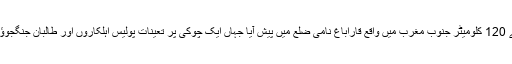
حکام کے مطابق پہلا واقعہ بدھ کو علی الصباح دارالحکومت کابل سے 120 کلومیٹر جنوب مغرب میں واقع قاراباغ نامی ضلع میں پیش آیا جہاں ایک چوکی پر تعینات پولیس اہلکاروں اور طالبان جنگجوؤں کے درمیان فائرنگ کے تبادلے میں چھ پولیس اہلکار ہلاک ہوگئے۔